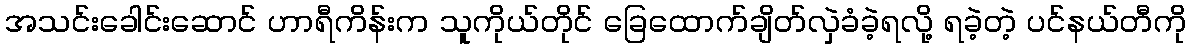
အသင်းခေါင်းဆောင် ဟာရီကိန်းက သူကိုယ်တိုင် ခြေထောက်ချိတ်လှဲခံခဲ့ရလို့ ရခဲ့တဲ့ ပင်နယ်တီကို